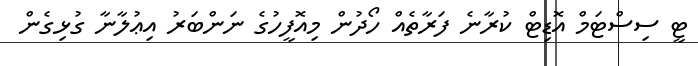
ޓީ ސިސްޓަމް އޮޑިޓް ކުރާނެ ފަރާތެއް ހޯދުން މިއޮފީހުގެ ނަންބަރު އިޢުލާނާ ގުޅިގެން